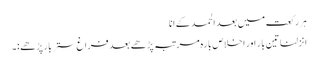
ہر رکعت میں بعد الحمد کے انا
انزلنا تین بار اور اخلاص بارہ مرتبہ پڑھے بعد فراغ ستر بار پڑھے :۔